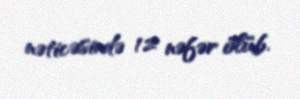
nəticəsində 12 nəfər ölüb.